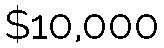
$10,000